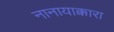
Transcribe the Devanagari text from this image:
नानायाक्कारा